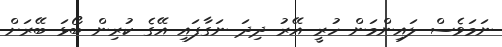
ނަމަވެސް ލައިންމަން ހުރީ އޭރު ދިދަ ނަގާފައި އޭގެ ކުރިން ބޯޅަ ބޭރަށް